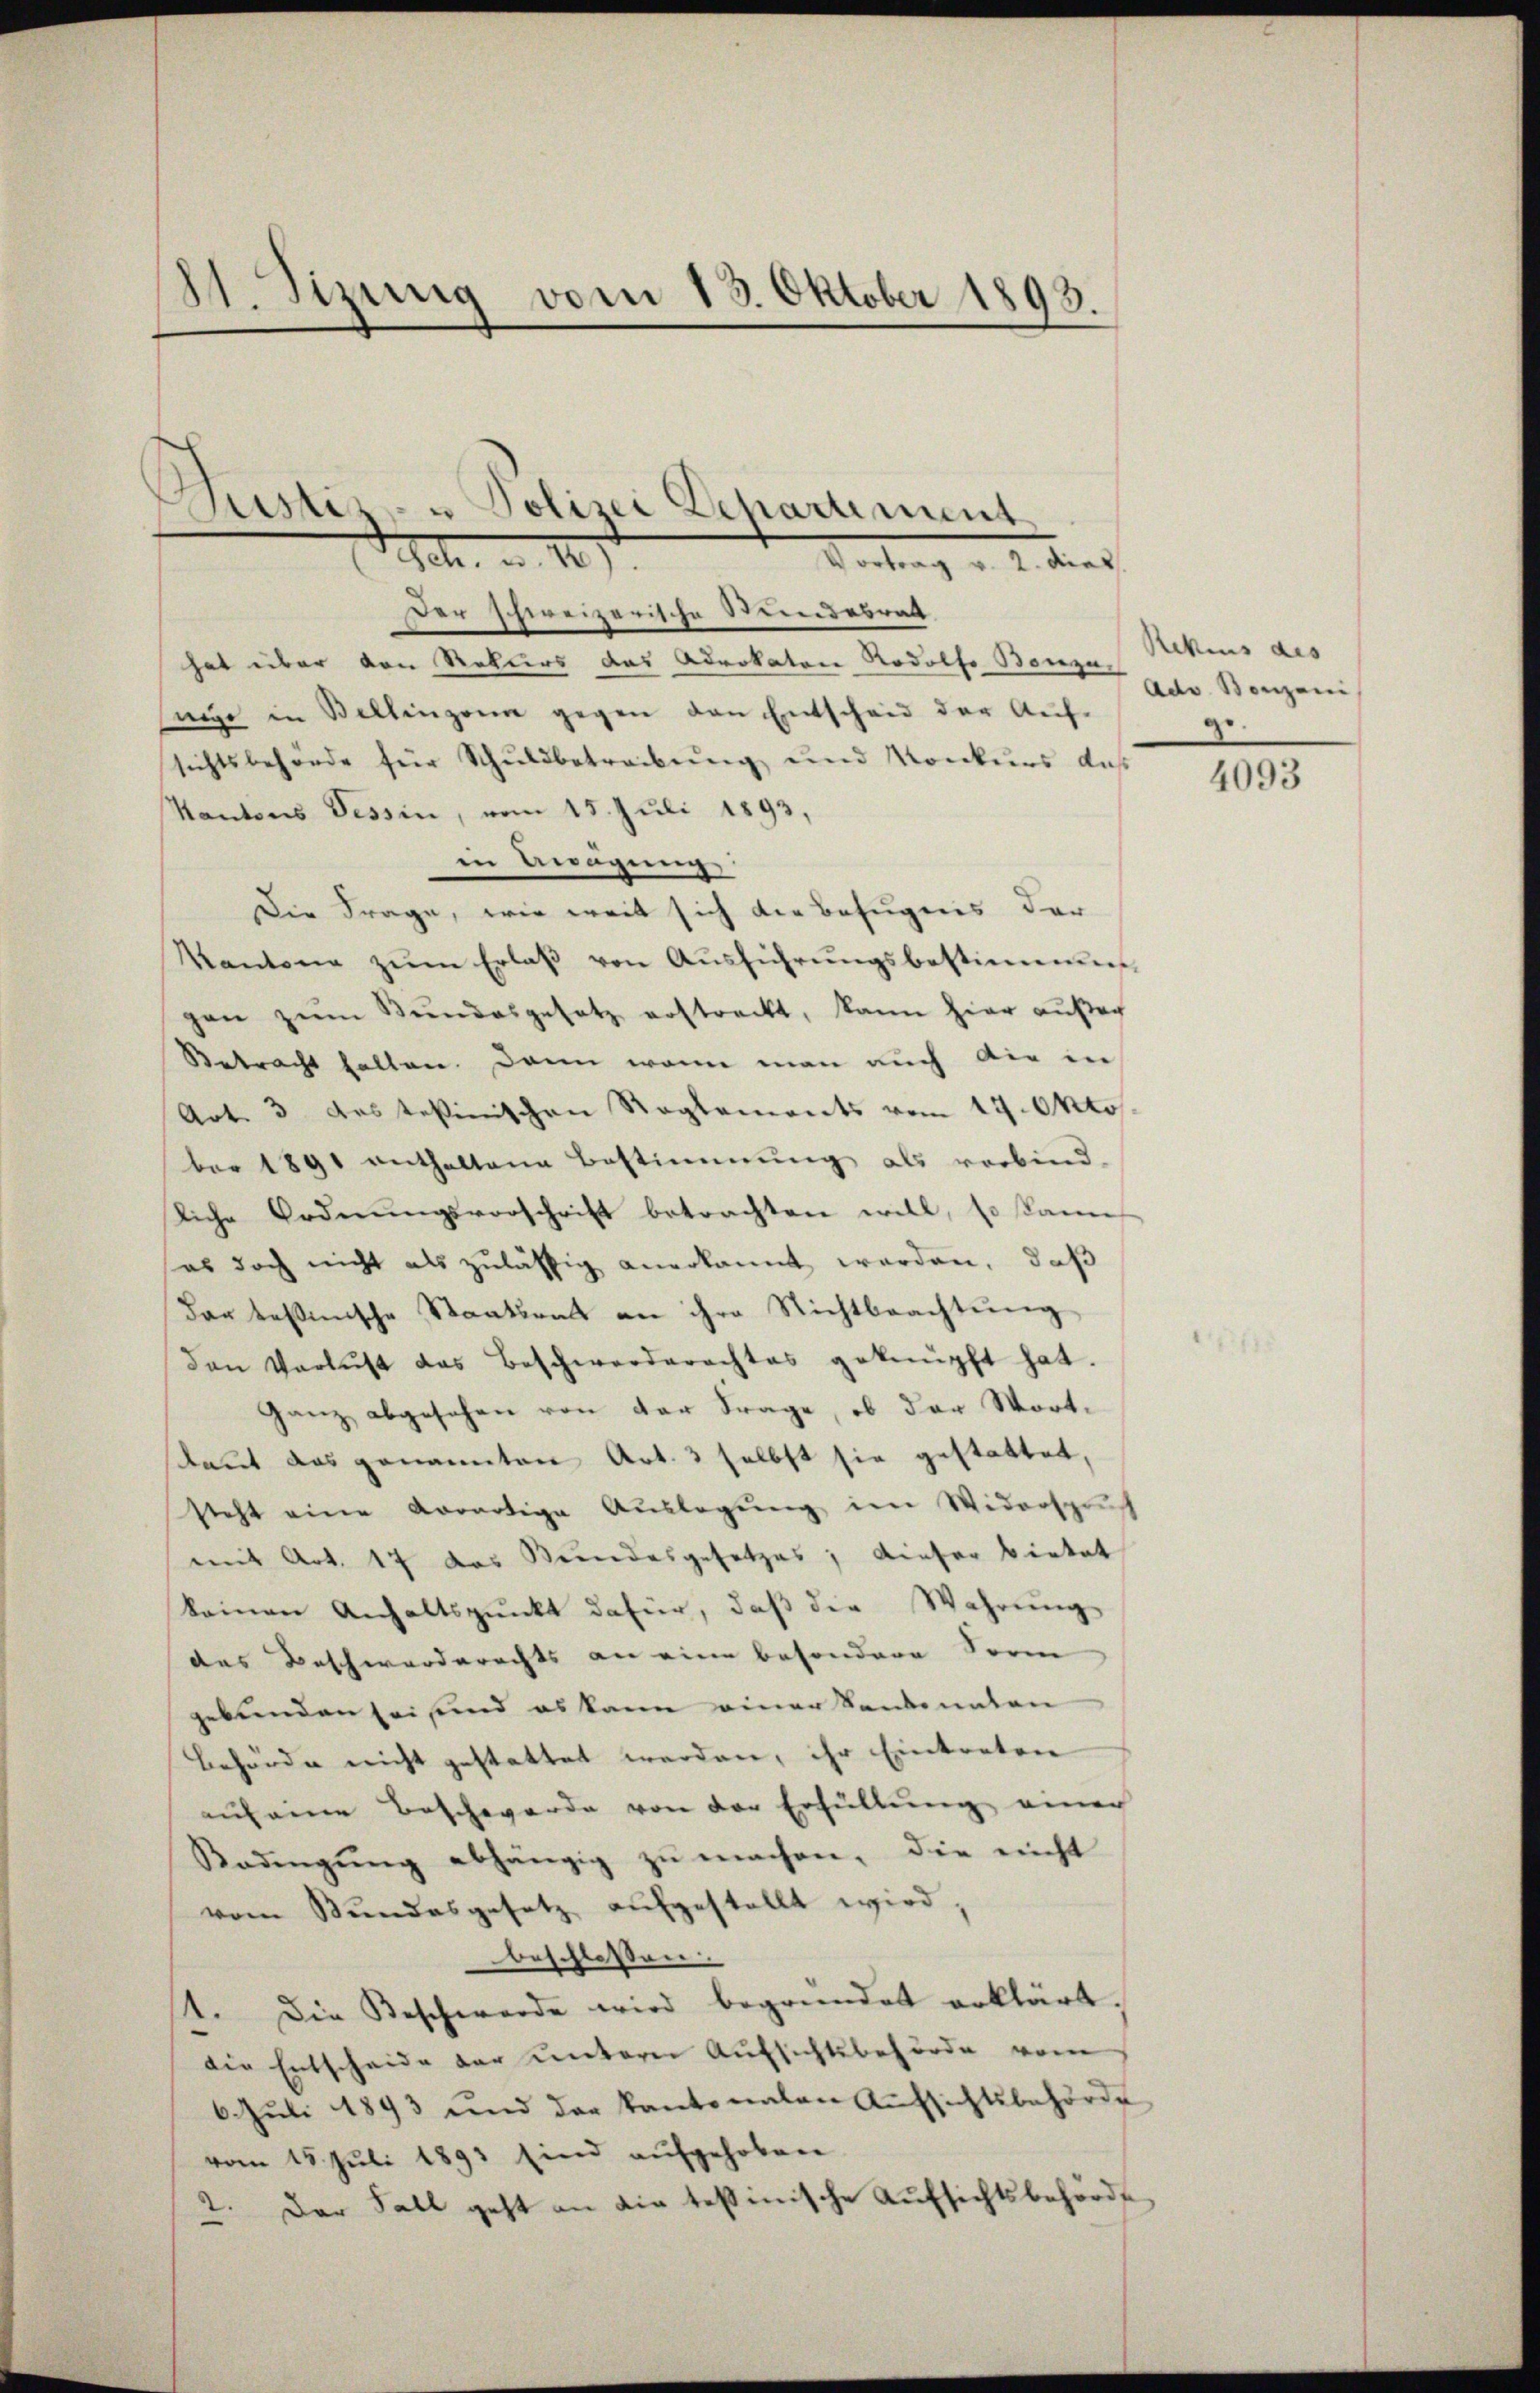
81. Sizung vom 13. Oktober 1893.

Justiz- u Polizei Departement
Hch. a. 17
Vortrag v. 2. das

Der schweizerische Stundesrath
hat über den Rekurs das Advokaten Rodolf Bonza Mikius des
nige in Stellinzona gegen den Entscheid der Auf-
sichtsbehörde für Schuldbetreibung und Konkurs daß
Kantons Tessin, vom 15. Juli 1893,
in Bagung
Die Frage, wie weit sich die Befugnis der
Kantone zŭm Erlaβ von Aŭsführŭngsbestimmung
gen zŭm Bŭndesgesetz erstreckt, kann hier außer
Betracht halten. Dann wenn man auch die in
Art. 3 des tessinischen Reglements vom 17. Oktos.
ber 1891 enthaltene Bestimmung als verbind-
liche Ordnungsvorschrift betrachten will, so kann
es doch nicht als zulässig anerkannt werden, daß
dar tessinische Staatsrat an ihre Nichtbeachtung
Den Verlust das Beschwerderachtes geknüpft hat.
ganz abgesehen von der Frage, ob der Wortlaut das genannten Art. 3 selbst sie gestattet,
steht eine Aerartige Auslegung im Widerspruch
mit Art. 17 das Bundesgesetzes; dieser bietet
keinen Anhaltspunkt dafür, daβ die Wahrŭng
das Beschwerderechts an eine besondere Sorm
gebunden sei und es kann einer Sandonaten
Behörde nicht gestattet werden, ihr Eintreten
auf eine Beschwerde von der Erfüllŭng einer
Badengŭng abhängig zŭ machen, die nicht
vom Stundesgesetz aufgestellt wird,
beschlossen:
1. Die Beschwerde wird begründet erklärt;
die Entscheide der untern Aufsichtsbehörde vom
6. Juli 1893 und der kantonalen Aŭfsichtsbehörde
vom 15. Juli 1893 sind aufgehoben
2. Der Fall geht an die tessinische Aufsichtsbehörde

Adv. Bonzoni,
g.

4093